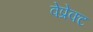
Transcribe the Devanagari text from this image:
वेप्रेक्ट